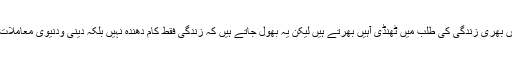
ہم جدید دنیا کی سہولتوں بھری زندگی کی طلب میں ٹھنڈی آہیں بھرتے ہیں لیکن یہ بھول جاتے ہیں کہ زندگی فقط کام دھندہ نہیں بلکہ دینی ودنیوی معاملات میں اعتدال کا نام ہے۔